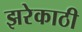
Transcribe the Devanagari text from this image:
झरेकाठी